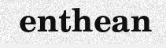
enthean